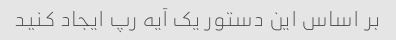
بر اساس این دستور یک آیه رپ ایجاد کنید